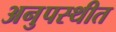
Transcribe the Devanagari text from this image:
अनुपस्थीत